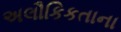
અલૌકિકતાના